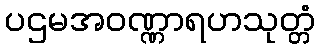
ပဌမအဝဏ္ဏာရဟသုတ္တံ